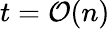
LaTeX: t=\mathcal{O}(n)